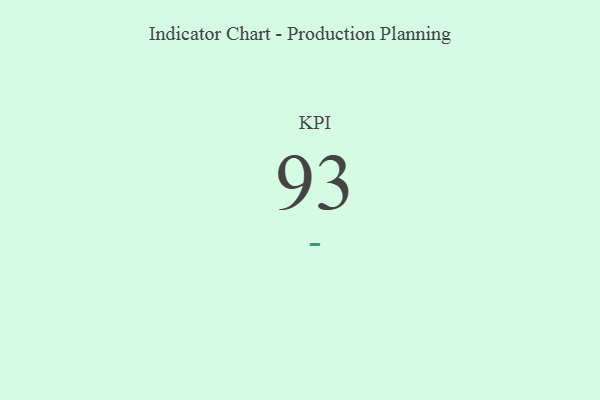
{"axis": {"x": "KPI", "y": "Value"}, "legend": [""], "data": [{"x": "KPI", "y": 93, "type": ""}]}